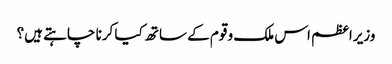
وزیراعظم اس ملک و قوم کے ساتھ کیا کرنا چاہتے ہیں؟